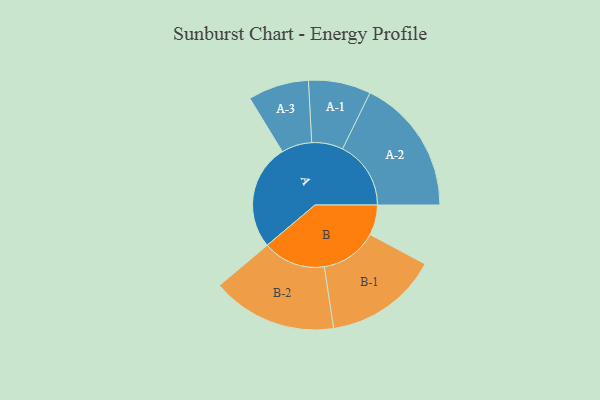
{"axis": {"x": "Segment", "y": "Value"}, "legend": ["", "A", "B"], "data": [{"x": "A", "y": 406, "type": ""}, {"x": "B", "y": 116, "type": ""}, {"x": "A-1", "y": 120, "type": "A"}, {"x": "A-2", "y": 263, "type": "A"}, {"x": "A-3", "y": 117, "type": "A"}, {"x": "B-1", "y": 219, "type": "B"}, {"x": "B-2", "y": 241, "type": "B"}]}